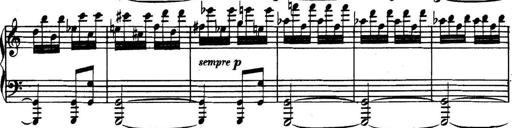
Title: Collected Piano Sonatas
Composer: Muzio Clementi